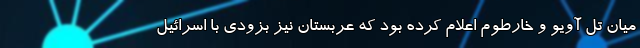
میان تل آویو و خارطوم اعلام کرده بود که عربستان نیز بزودی با اسرائیل